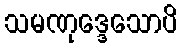
သမဏုဒ္ဒေသောပိ